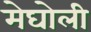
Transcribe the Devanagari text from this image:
मेघोली